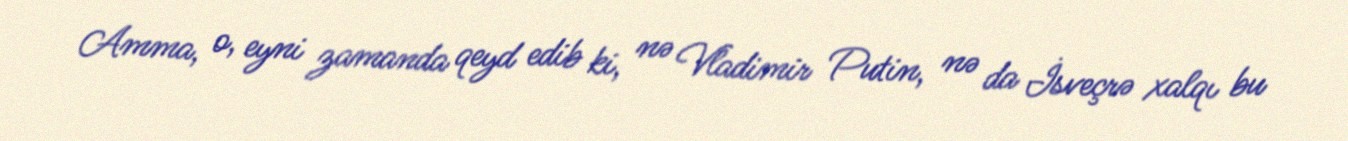
Amma, o, eyni zamanda qeyd edib ki, nə Vladimir Putin, nə da İsveçrə xalqı bu